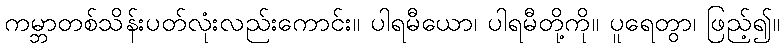
ကမ္ဘာတစ်သိန်းပတ်လုံးလည်းကောင်း။ ပါရမီယော၊ ပါရမီတို့ကို။ ပူရေတွာ၊ ဖြည့်၍။